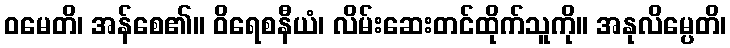
ဝမေတိ၊ အန်စေ၏။ ဝိရေစနီယံ၊ လိမ်းဆေးတင်ထိုက်သူကို။ အနုလိမ္ပေတိ၊